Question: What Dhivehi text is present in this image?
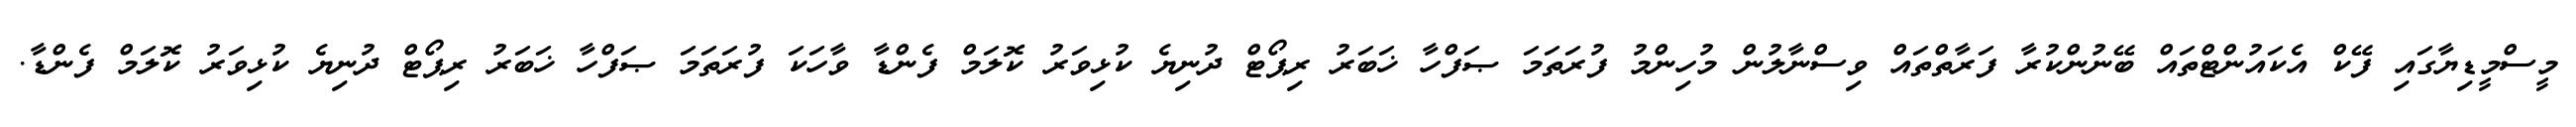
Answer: މީސްމީޑިޔާގައި ފޭކް އެކައުންޓްތައް ބޭނުންކުރާ ފަރާތްތައް ވިސްނާލުން މުހިންމު ފުރަތަމަ ޞަފްހާ ޚަބަރު ރިޕޯޓް ދުނިޔެ ކުޅިވަރު ކޮލަމް ފެންޑާ ވާހަކަ ފުރަތަމަ ޞަފްހާ ޚަބަރު ރިޕޯޓް ދުނިޔެ ކުޅިވަރު ކޮލަމް ފެންޑާ.